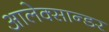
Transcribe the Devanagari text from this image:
आलेक्सान्डर